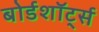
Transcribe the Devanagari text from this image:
बोर्डशॉर्ट्स